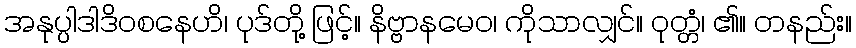
အနုပ္ပါဒါဒိဝစနေဟိ၊ ပုဒ်တို့ ဖြင့်။ နိဗ္ဗာနမေဝ၊ ကိုသာလျှင်။ ဝုတ္တံ၊ ၏။ တနည်း။